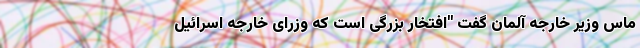
ماس وزیر خارجه آلمان گفت "افتخار بزرگی است که وزرای خارجه اسرائیل